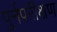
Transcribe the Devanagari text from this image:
पुर्नपरीक्षण